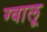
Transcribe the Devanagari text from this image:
ग्वालू